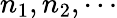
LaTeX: n_{1},n_{2},\cdots